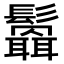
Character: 𩯻